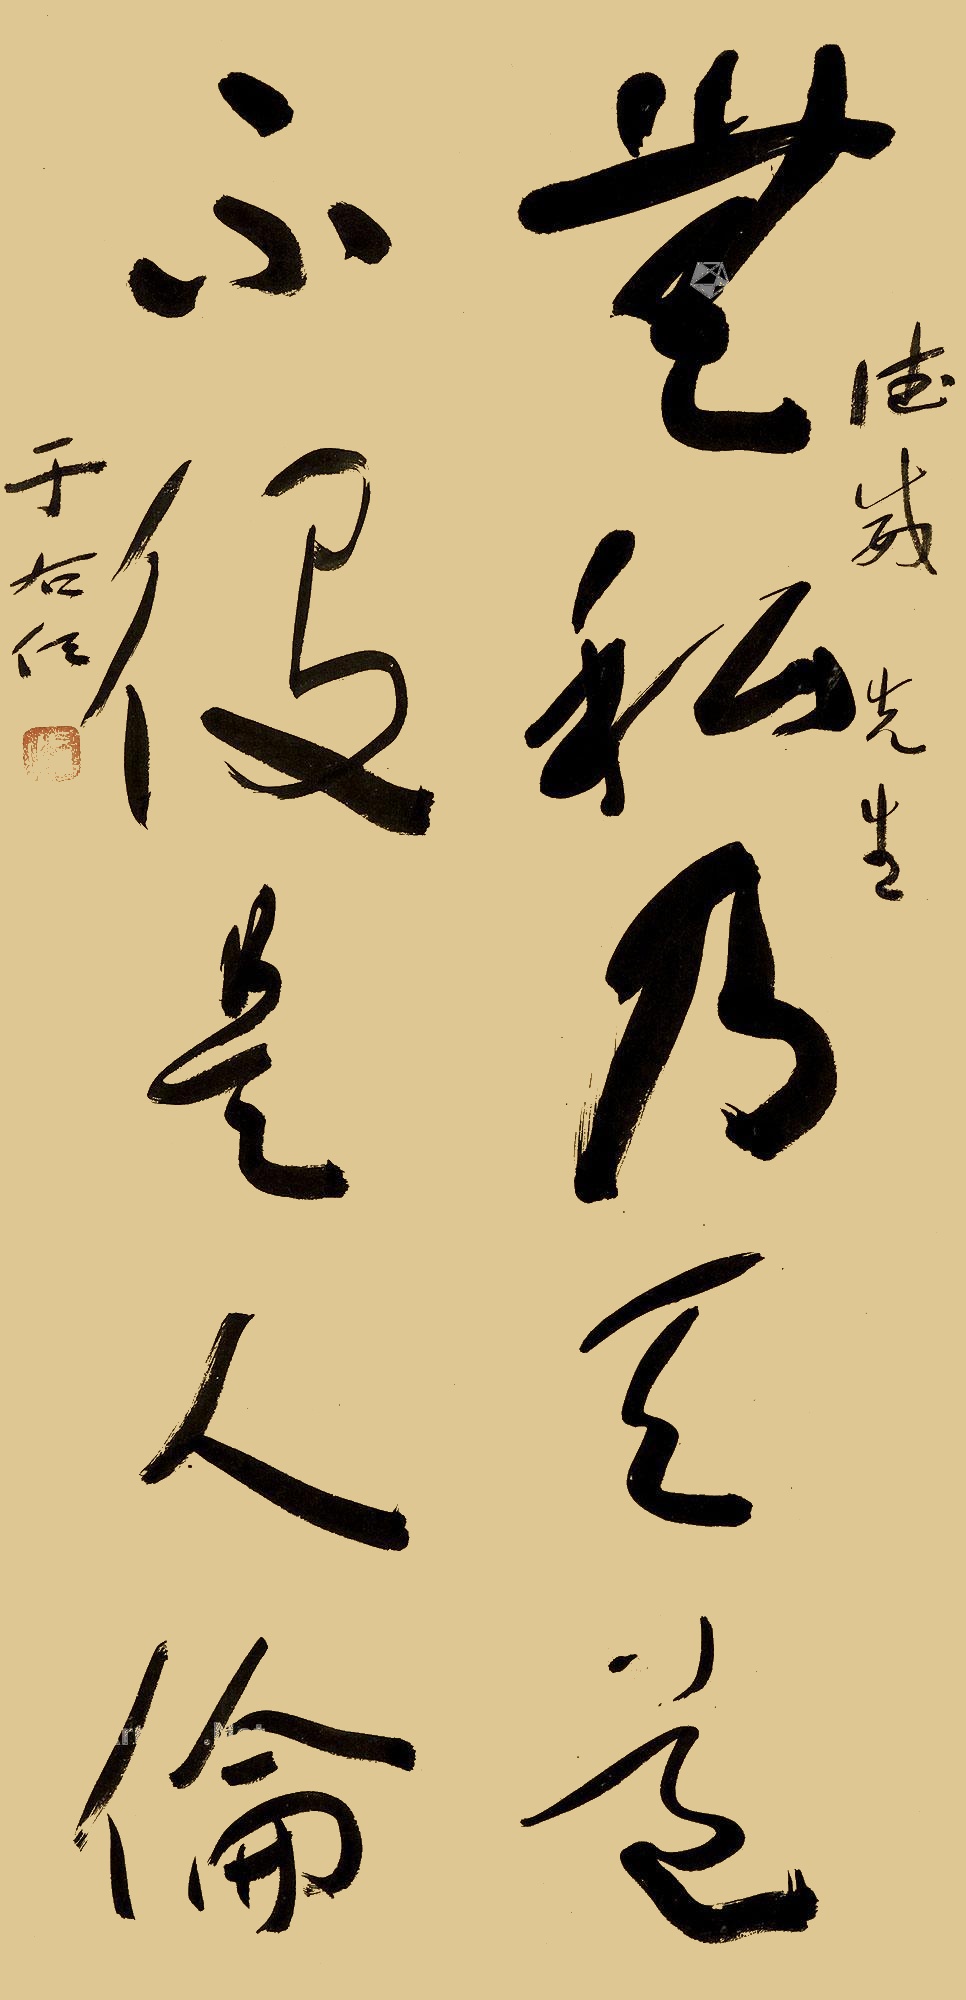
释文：无私乃天道，不役是人论。德威先生，于右任。